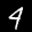
Label: 4